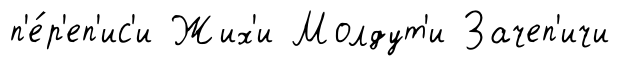
п'е́р'еп'ис'и Жих'и Молдут'и Зачеп'ичи